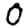
Digit: 0